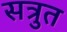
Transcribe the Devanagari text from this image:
सत्रुत